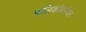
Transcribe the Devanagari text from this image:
मालिकांबरोबर